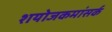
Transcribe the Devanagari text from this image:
शयोजकमांसर्क